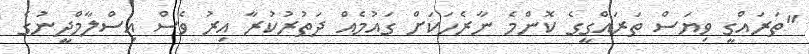
"ތަރައްގީ ވިޔަސް ތަރައްގީގެ ކޮންމެ ނާރެހަކަށް ގައުމެއް ދަތުރުކުރާ އިރު ވެސް އިސްލާމްދީނުގެ